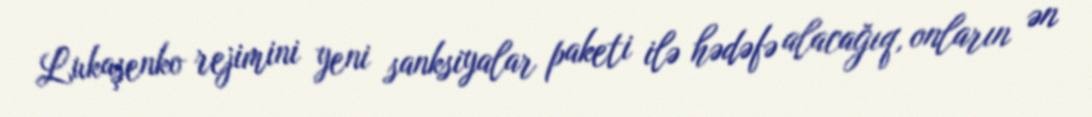
Lukaşenko rejimini yeni sanksiyalar paketi ilə hədəfə alacağıq, onların ən